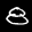
Label: 8